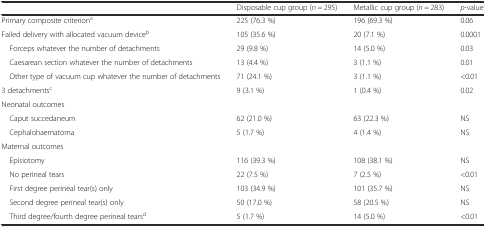
<table><thead><tr><td></td><td><b>Disposable cup group (<i>n</i> = 295)</b></td><td><b>Metallic cup group (<i>n</i> = 283)</b></td><td><b><i>p</i>-value</b></td></tr></thead><tbody><tr><td>Primary composite criterion<sup>a</sup></td><td>225 (76.3 %)</td><td>196 (69.3 %)</td><td>0.06</td></tr><tr><td>Failed delivery with allocated vacuum device<sup>b</sup></td><td>105 (35.6 %)</td><td>20 (7.1 %)</td><td>0.0001</td></tr><tr><td> Forceps whatever the number of detachments</td><td>29 (9.8 %)</td><td>14 (5.0 %)</td><td>0.03</td></tr><tr><td> Caesarean section whatever the number of detachments</td><td>13 (4.4 %)</td><td>3 (1.1 %)</td><td>0.01</td></tr><tr><td> Other type of vacuum cup whatever the number of detachments</td><td>71 (24.1 %)</td><td>3 (1.1 %)</td><td>&lt;0.01</td></tr><tr><td>3 detachments<sup>c</sup></td><td>9 (3.1 %)</td><td>1 (0.4 %)</td><td>0.02</td></tr><tr><td>Neonatal outcomes</td><td></td><td></td><td></td></tr><tr><td> Caput succedaneum</td><td>62 (21.0 %)</td><td>63 (22.3 %)</td><td>NS</td></tr><tr><td> Cephalohaematoma</td><td>5 (1.7 %)</td><td>4 (1.4 %)</td><td>NS</td></tr><tr><td>Maternal outcomes</td><td></td><td></td><td></td></tr><tr><td> Episiotomy</td><td>116 (39.3 %)</td><td>108 (38.1 %)</td><td>NS</td></tr><tr><td> No perineal tears</td><td>22 (7.5 %)</td><td>7 (2.5 %)</td><td>&lt;0.01</td></tr><tr><td> First degree perineal tear(s) only</td><td>103 (34.9 %)</td><td>101 (35.7 %)</td><td>NS</td></tr><tr><td> Second degree perineal tear(s) only</td><td>50 (17.0 %)</td><td>58 (20.5 %)</td><td>NS</td></tr><tr><td> Third degree/fourth degree perineal tears<sup>d</sup></td><td>5 (1.7 %)</td><td>14 (5.0 %)</td><td>&lt;0.01</td></tr></tbody></table>